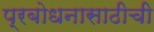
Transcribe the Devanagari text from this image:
प्रबोधनासाठीची